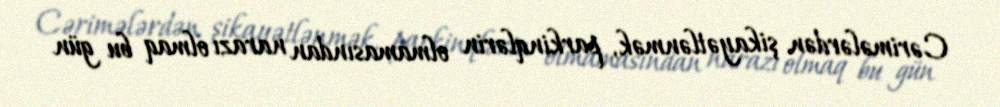
Cərimələrdən şikayətlənmək, parkinqlərin olmamasından narazı olmaq bu gün